Annual returns of the Patna Lunatic Asylum at Bankipore in Bihar and Orissa - 1912-1924
Year: 1912
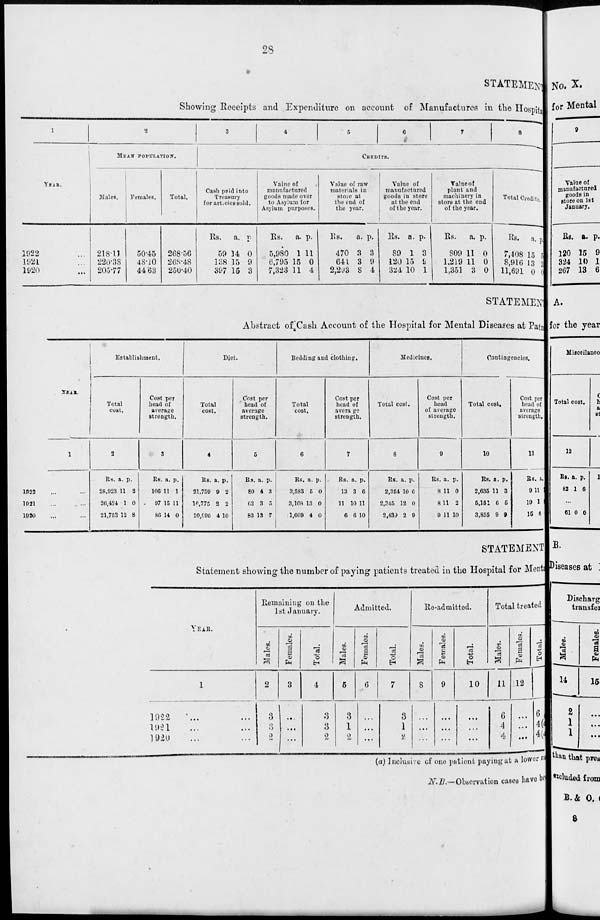
28
STATEMENT
Showing Receipts and Expenditure on account of Manufactures in the Hospital
1
YEAR.
1922 ...
1921 ...
1920 ...
2
MEAN POPULATION.
Males.
218.11
220.38
205.77
Females.
50.45
48.10
44.63
Total.
268.56
268.48
250.40
3
4
5
6
7
8
CREDITS.
Cash paid into
Treasury
for articles sold.
Rs.
59
138
397
a.
34
15
15
p.
0
9
3
Value of
manufactured
goods made over
to Asylum for
Asylum purposes.
Rs.
5,980
6,795
7,323
a.
1
15
11
p.
11
0
4
Value of raw
materials in
store at
the end of
the year.
Rs.
470
641
2,293
a.
3
3
8
p.
3
9
4
Value of
manufactured
goods in store
at the end
of the year.
Rs.
89
120
324
a.
1
15
10
p.
3
9
1
Value of
plant and
machinery in
store at the end
of the year.
Rs.
809
1,219
1,351
a.
11
11
3
p.
0
0
0
Total Credits.
Rs.
7,408
8,916
11,691
a.
15
13
0
p.
5
3
0
STATEMENT
Abstract of Cash Account of the Hospital for Mental Diseases at Patna
YEAR.
1
1922 ... ...
1921 ... ...
1920 ... ...
Establishment.
Total
cost.
2
Rs.
28,923
26,424
21,753
a.
11
1
12
p.
2
0
8
Cost per
head of
average
strength.
3
Rs.
106
97
86
a.
11
15
14
p.
1
11
0
Diet.
Total
cost.
4
Rs.
21,759
16,775
20,996
a.
9
2
4
p.
2
2
10
Cost per
head of
average
strength.
5
Rs.
80
62
83
a.
4
3
13
p.
3
5
7
Bedding and clothing.
Total
cost.
6
Rs.
3,583
3,108
1,609
a.
5
13
4
p.
0
0
0
Cost per
head of
average
strength.
7
Rs.
13
11
6
a.
3
10
6
p.
6
11
10
Medicines.
Total cost.
8
Rs.
2,354
2,345
2,439
a.
10
12
2
p.
6
0
9
Cost per
head
of average
strength.
9
Rs.
8
8
9
a.
11
11
11
p.
0
2
10
Contingencies.
Total cost.
10
Rs.
2,635
5,151
3,855
a.
11
6
9
p.
3
5
9
Cost per
head of
average
strength.
11
Rs.
9
19
15
a.
11
1
6
p.
3
3
STATEMENT
Statement showing the number of paying patients treated in the Hospital for Mental
YEAR.
1
1922 ... ...
1921 ... ...
1920 ... ...
Remaining on the
1st January.
Males.
2
3
3
2
Females.
3
...
...
...
Total.
4
3
3
2
Admitted.
Males.
5
3
1
2
Females.
6
...
...
...
Total.
7
3
1
2
Re-admitted.
Males.
8
...
...
...
Females.
9
...
...
...
Total.
10
...
...
...
Total treated.
Males.
11
6
4
4
Females.
12
...
...
...
Total.
13
6
4(a)
4(a)
(a) Inclusive of one patient paying at a lower rate
N.B.—Observation cases have be